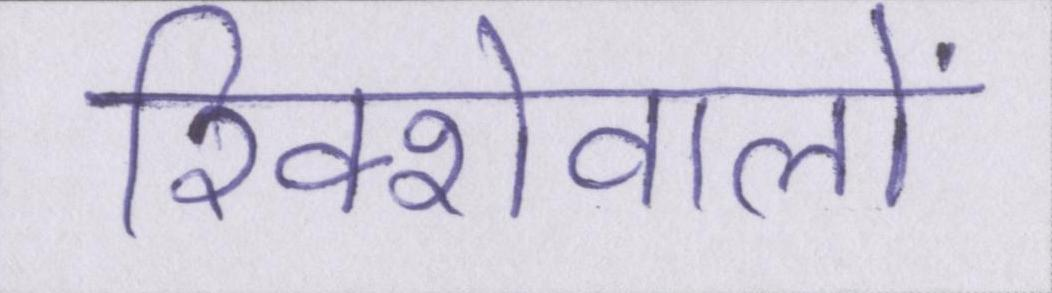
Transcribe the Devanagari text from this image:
रिक्शेवालों